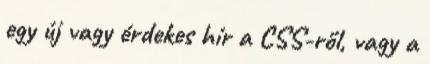
egy új vagy érdekes hír a CSS-ről, vagy a